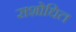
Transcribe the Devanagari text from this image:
सशोधित